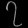
Digit: ၇